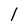
Character: l